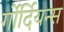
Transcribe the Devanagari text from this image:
र्गोर्दियन्स